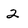
Character: 2